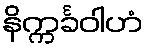
နိက္ကင်္ခဝါဟံ